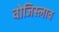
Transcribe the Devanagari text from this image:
वोजिस्लाव